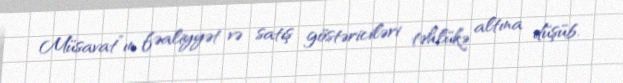
Müsavat”ın fəaliyyət və satış göstəriciləri təhlükə altına düşüb.